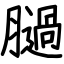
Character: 膼